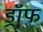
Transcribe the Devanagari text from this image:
ड्रॉफ